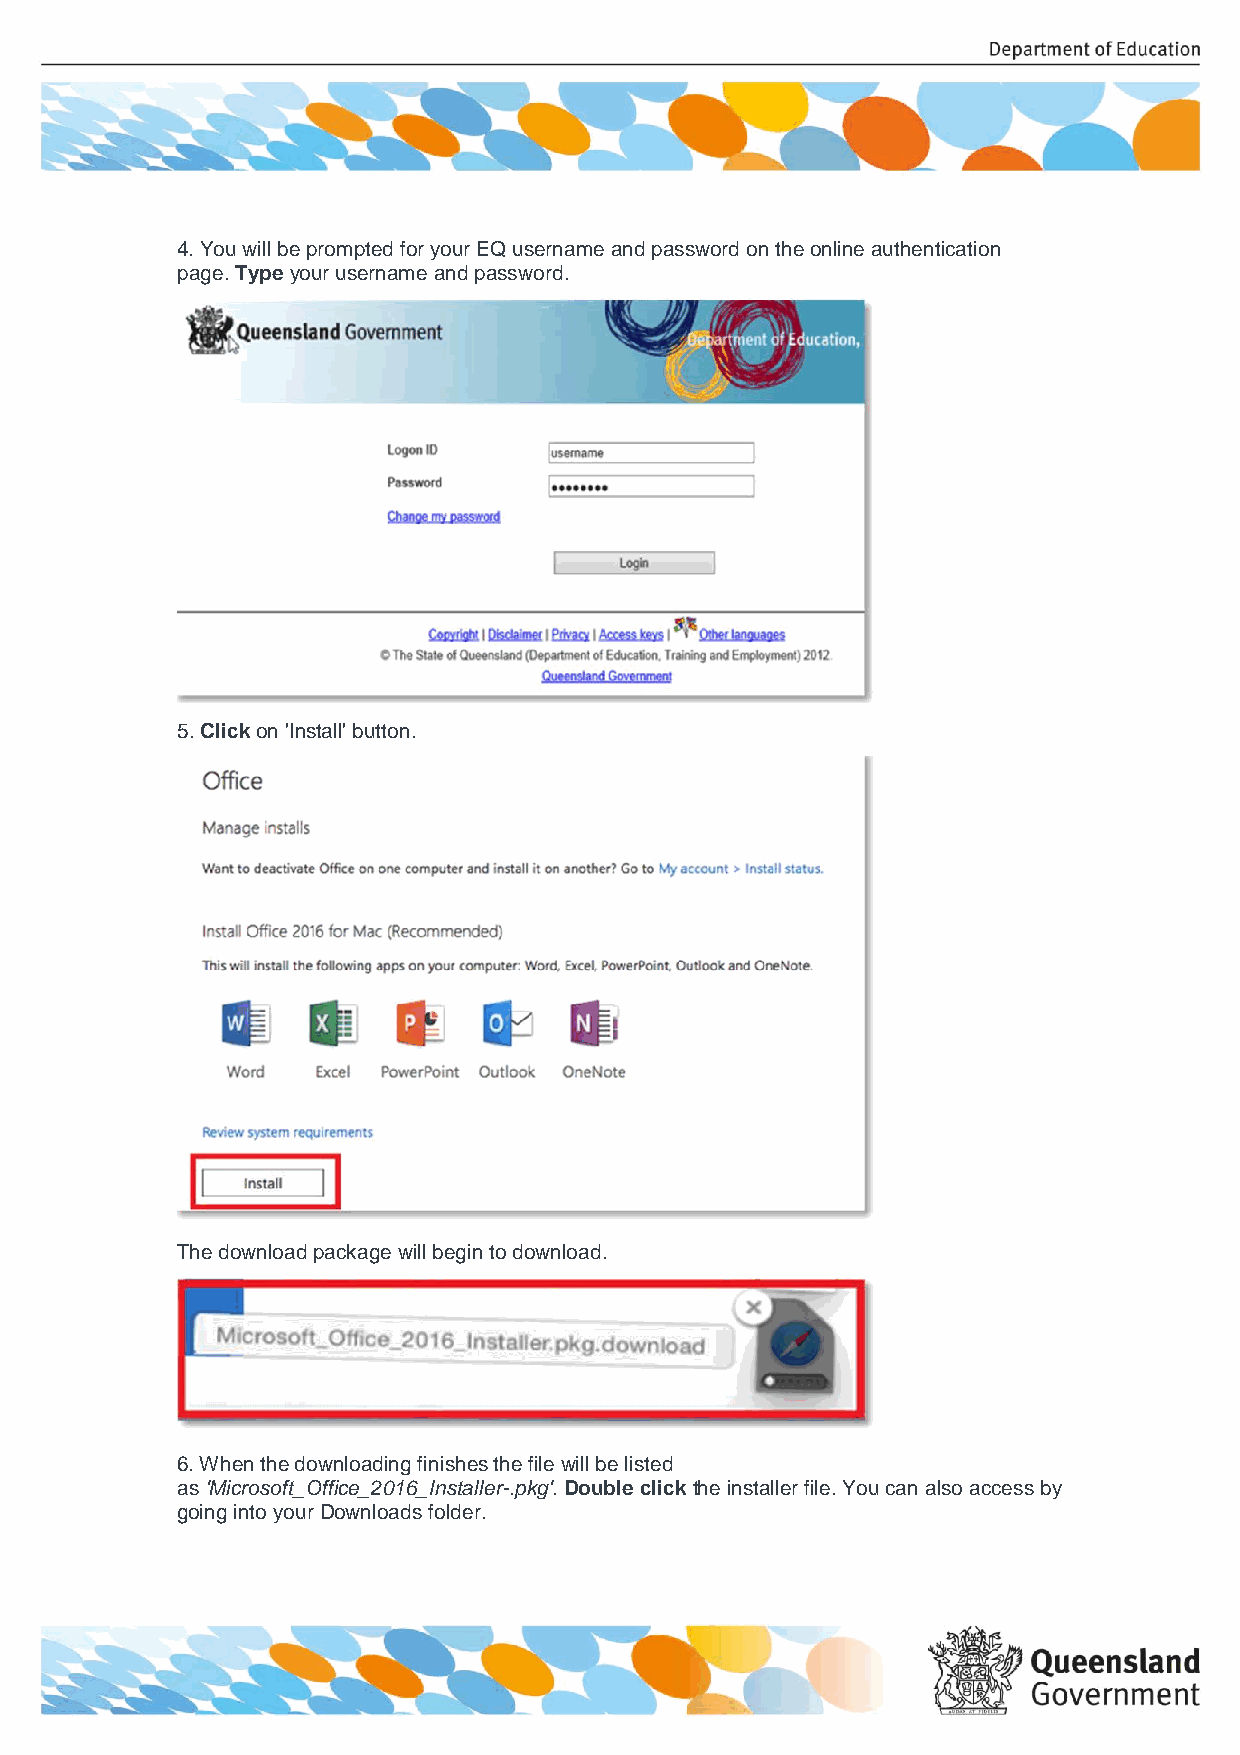
4. You will be prompted for your EQ username and password on the online authentication
 page. Type your username and password.
 5. Click on 'Install' button.
 The download package will begin to download.
 6. When the downloading finishes the file will be listed
 as 'Microsoft_Office_2016_Installer-.pkg'. Double click the installer file. You can also access by
 going into your Downloads folder.